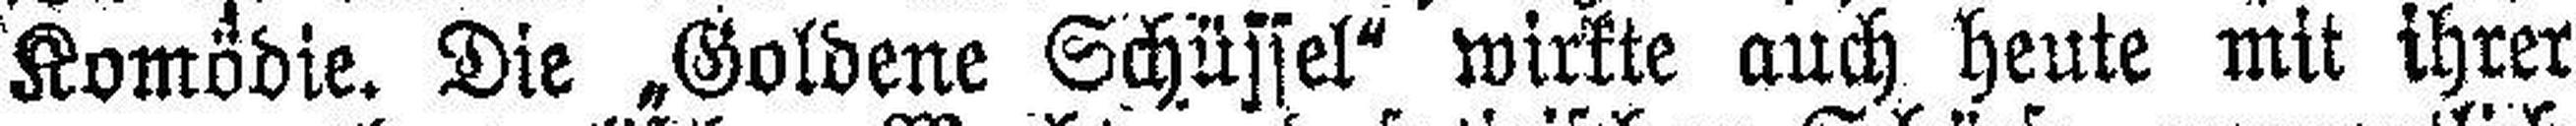
Komödie. Die „Goldene Schüssel“ wirkte auch heute mit ihrer